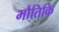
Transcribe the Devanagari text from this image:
भौतिकि